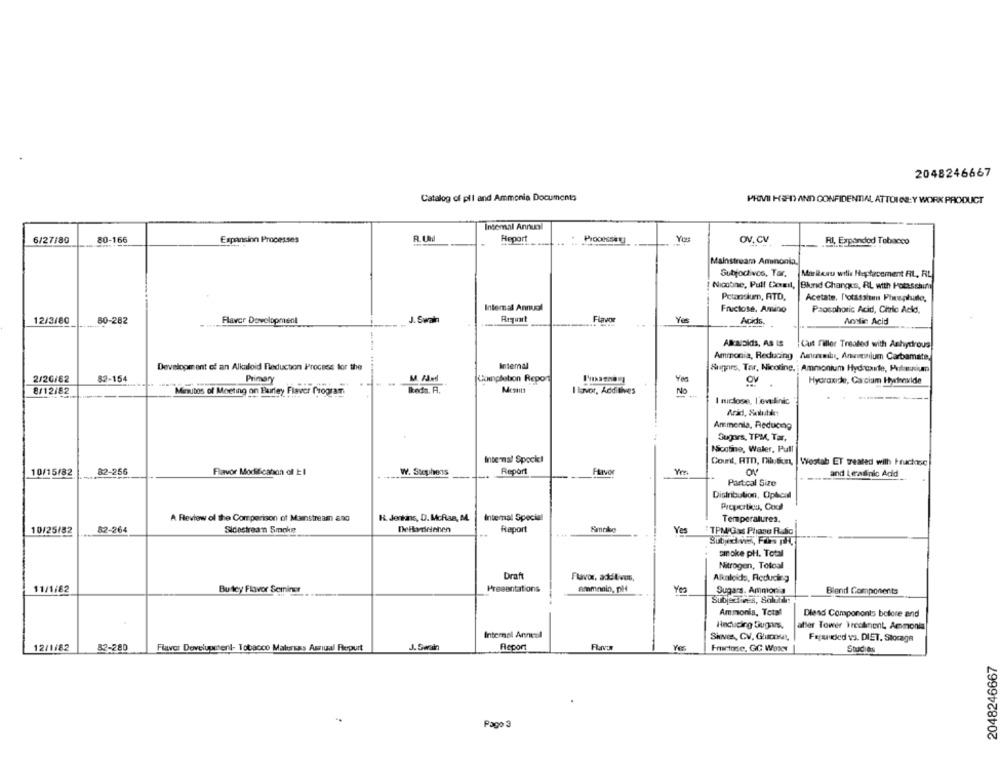
2048246667
Catalog of pll and Ammonia Documents
PHOVII HEHD AND CONFIDENTIAL ATTOICE:Y WORK PRODUCT
Intemal Annunl
6/27/80
80-166
Expansion Processes
R.U
Heport
OV. CV
RI, Expanded Tobacco
Mainstreama Aminonia.
Subfoctivos, Tar,
Mariwu wille Histacement FIL, RL
[ Nicotine, Pull Coreil, |Blund Changes, RL with Potasshirt
Petanslum, ATD,
Acetate, Potassium Phrephatte,
Internal Annual
Fructose, Amino
Paosohoric Acid, Citric Acid,
12/3/80
80-282
Flavor Development
J. Swain
Flavor
Yes
Acids
Aric Acid
Cut Filler Treated with Anhydrous
Ammonia, Reducing Anual, Anicelum Carbamate,
Development of an Alkaloid Reduction Process for the
Intemal
Sugars, Tar, Nicotine, Ammonium Hydroxle, Pulniun
2/26/82
82-154
Primary
Completion Repon
OV
Hydroxide, Ca cium Hyinoxide
koda. A.
Mostitt
8/12/82
Minutos of Meeting on Parley Flavor Program.
I lavor, Additives
No
I miclose, l'evilinic
Ammonia, Reducing
Sugars, TPM, Tar,
NScotino, Waller, Pull
Internal Spockel
Count, RTD, Dibusun, Westab ET treated with Huchasc
10/15/82
82-256
Flavor Modification of t:1
W. Stephens
Report
and Leraiinic Acid
Partcal Size
Distribution, Optical
Proporti, Cocl
A Review of the Comparison of Mainstream ano
R. Jenkins, D. McRas, M.
Internal Special
Temperatures.
10/25/82
82-264
Sidestreamn Smoke
Deitydelahen
Report
Yes
TPM Gas Phase Radio
smoke pH. Total
Nitrogen, Totoal
Draft
Flavor, addtous,
Alkaloids, Reducing
11/1/82
Bu tey Flavor Sering
Presentations
ammonio, Dild
Sugars. Ammonia
Blend Components
Subjectves, Solfilm
Ammonia, Total
Dlend Components bolore and
Haducing Sugars.
atter Tower Treatment, Ammonia
Internal Anneal
Shivves, CV, Ghumout,
Fejsudied vs. DIET, Storage
12/1/82
82-280
Flavor Development- Tobacco Malursas Amnul Ferpurt
J. Swain
Report
Flavi
Fmirtose. GC Waxy
Studies
2048246667
Pago 3